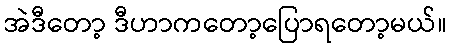
အဲဒီတော့ ဒီဟာကတော့ပြောရတော့မယ်။